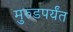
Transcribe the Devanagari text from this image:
मुरुडपर्यंत